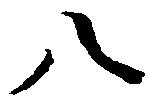
八